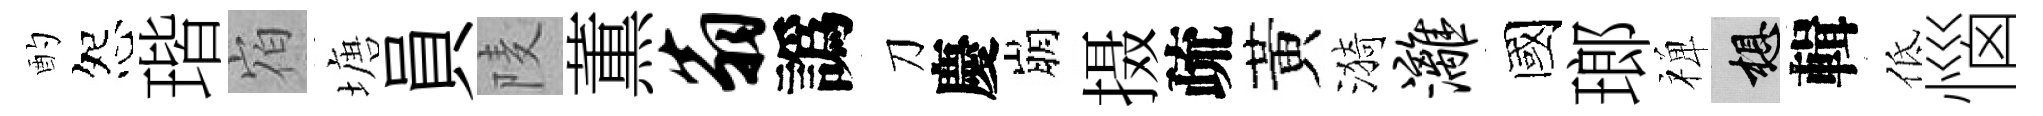
酌怨瑎𪧐塘員𨹧薫翁譌刀慶崩摄疏黃漪漓國瑯禅想輯低惱